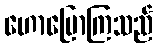
ဟောပြောကြသည်